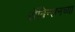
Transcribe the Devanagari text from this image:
रॉबिन्सनच्या